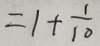
= 1 + \frac { 1 } { 1 0 }